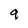
Character: g